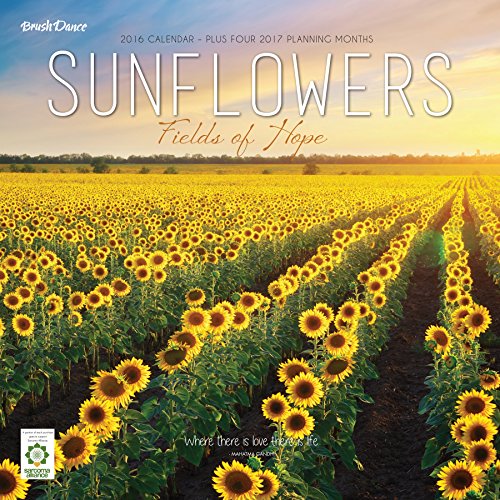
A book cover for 2016 Sunflowers Wall Calendar; Brush Dance; Calendars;